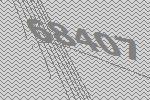
68407